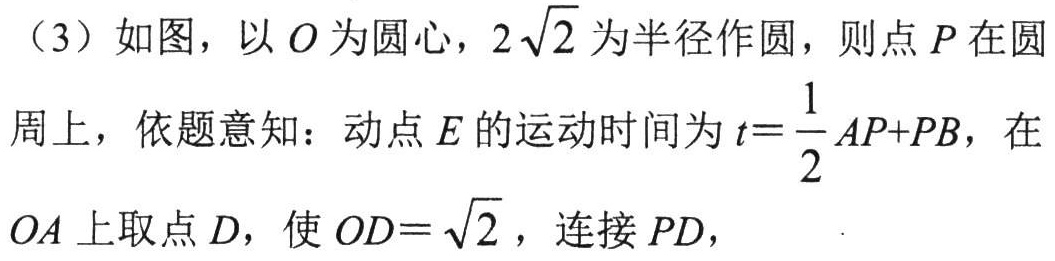
（3）如图，以\(O\)为圆心，\(2\sqrt{2}\)为半径作圆，则点\(P\)在圆
周上，依题意知：动点\(E\)的运动时间为\(t = \dfrac{1}{2}AP + PB\)，在
\(OA\)上取点\(D\)，使\(OD = \sqrt{2}\)，连接\(PD\)，